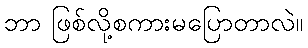
ဘာ ဖြစ်လို့စကားမပြောတာလဲ။